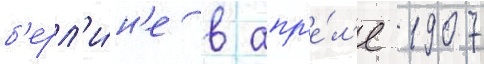
б'ерл'и́н'е в апр'е́л'е 1907